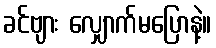
ခင်ဗျား လျှောက်မပြောနဲ့။